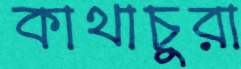
কাথাচুরা